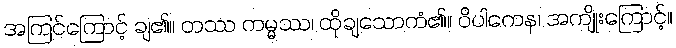
အကြင်ကြောင့် ချ၏။ တဿ ကမ္မဿ၊ ထိုချသောကံ၏။ ဝိပါကေန၊ အကျိုးကြောင့်။